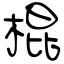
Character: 棍